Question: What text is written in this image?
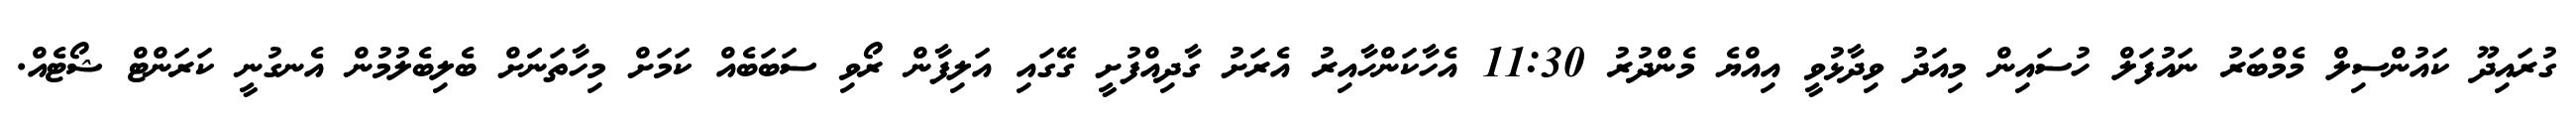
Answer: ގުރައިދޫ ކައުންސިލް މެމްބަރު ނައުފަލް ހުސައިން މިއަދު ވިދާޅުވީ އިއްޔެ މެންދުރު 11:30 އެހާކަންހާއިރު އެރަށު ގާދިއްފުށީ ގޭގައި އަލިފާން ރޯވި ސަބަބެއް ކަމަށް މިހާތަނަަށް ބެލިބެލުމުން އެނގުނީ ކަރަންޓް ޝޯޓެއް.